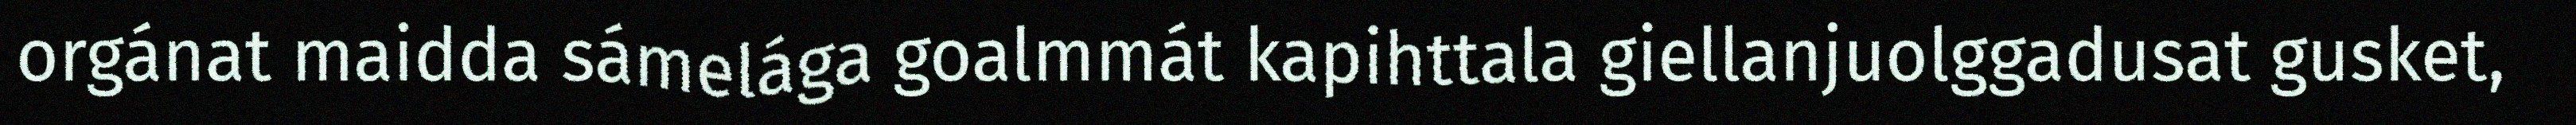
orgánat maidda sámelága goalmmát kapihttala giellanjuolggadusat gusket,